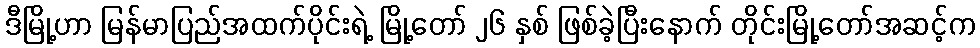
ဒီမြို့ဟာ မြန်မာပြည်အထက်ပိုင်းရဲ့ မြို့တော် ၂၆ နှစ် ဖြစ်ခဲ့ပြီးနောက် တိုင်းမြို့တော်အဆင့်က